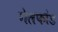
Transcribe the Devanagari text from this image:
गेलफांड